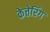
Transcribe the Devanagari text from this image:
केत्तेरिंग